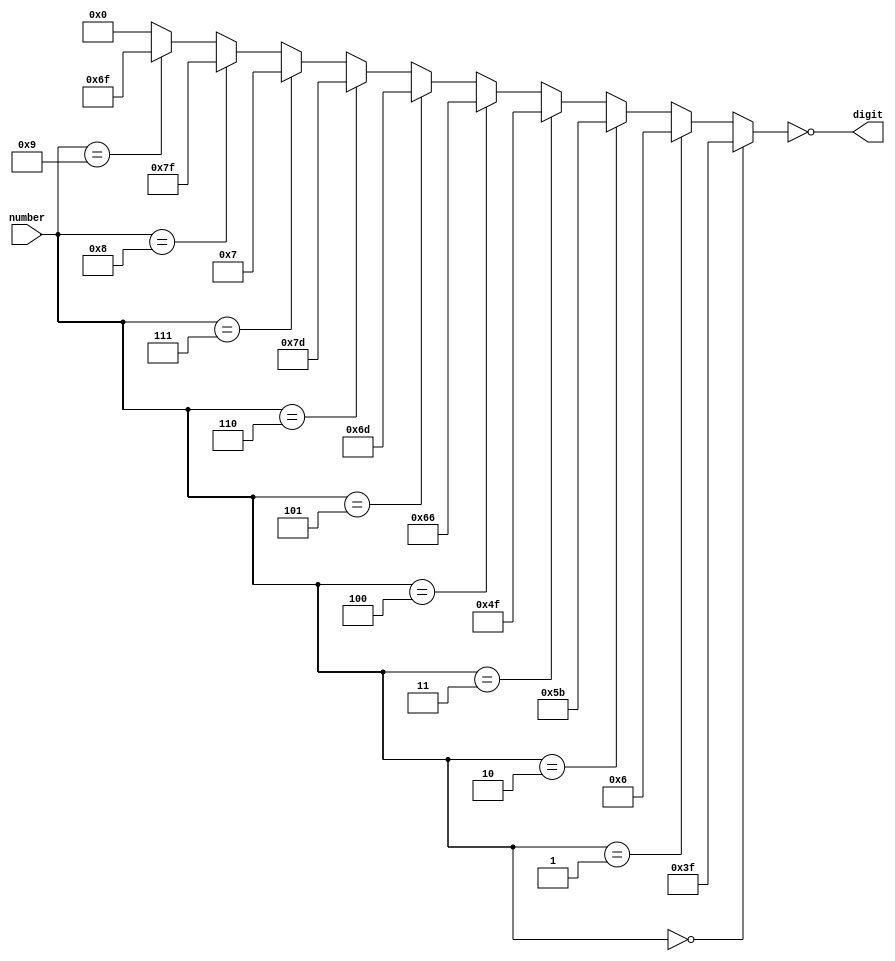
module sev_seg_decoder
(
	input [3:0] number,
	
	output [6:0] digit

);

assign digit = ~(	number == 	4'h0  ? 7'b0111111:
						number ==	4'h1  ? 7'b0000110:
						number ==	4'h2  ? 7'b1011011:
						number ==	4'h3  ? 7'b1001111:
						number ==	4'h4  ? 7'b1100110:
						number ==	4'h5  ? 7'b1101101:
						number ==	4'h6  ? 7'b1111101:
						number ==	4'h7  ? 7'b0000111:
						number ==	4'h8  ? 7'b1111111:
						number ==	4'h9  ? 7'b1101111:
												  7'b0000000
						);


endmodule